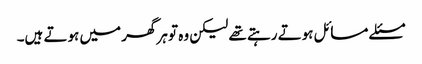
مسئلے مسائل ہوتے رہتے تھے لیکن وہ تو ہرگھر میں ہوتے ہیں۔